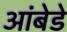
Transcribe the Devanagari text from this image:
आंबेडे